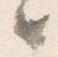
々